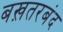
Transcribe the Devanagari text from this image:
बख़तरबंद